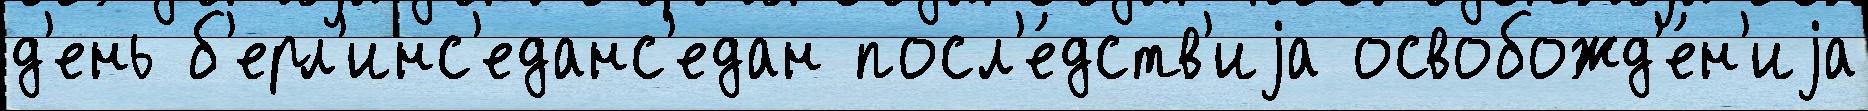
д'ень б'ерл'инс'еданс'едан посл'е́дств'иjа освобожд'е́н'иjа